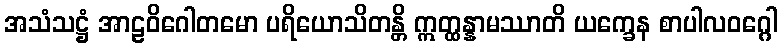
အသံသဋ္ဌံ အာဠဝိဂေါတမော ပရိယောသိတန္တိ ဣတ္ထန္နာမဿာတိ ယက္ခေန စာပါလဝဂ္ဂေါ